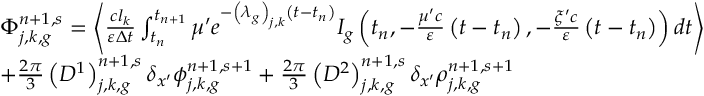
\begin{array} { l } { { \Phi _ { j , k , g } ^ { n + 1 , s } = \left\langle \frac { c l _ { k } } { \varepsilon \Delta t } \int _ { t _ { n } } ^ { t _ { n + 1 } } \mu ^ { \prime } e ^ { - \left( \lambda _ { g } \right) _ { j , k } \left( t - t _ { n } \right) } I _ { g } \left( t _ { n } , - \frac { \mu ^ { \prime } c } { \varepsilon } \left( t - t _ { n } \right) , - \frac { \xi ^ { \prime } c } { \varepsilon } \left( t - t _ { n } \right) \right) d t \right\rangle } } \\ { { + \frac { 2 \pi } { 3 } \left( D ^ { 1 } \right) _ { j , k , g } ^ { n + 1 , s } \delta _ { x ^ { \prime } } \phi _ { j , k , g } ^ { n + 1 , s + 1 } + \frac { 2 \pi } { 3 } \left( D ^ { 2 } \right) _ { j , k , g } ^ { n + 1 , s } \delta _ { x ^ { \prime } } \rho _ { j , k , g } ^ { n + 1 , s + 1 } } } \end{array}